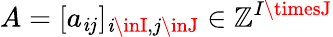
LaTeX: A=[a_{\mathit{i}j}]_{\mathit{i}\inI,j\inJ}\in\mathbb{{Z}}^{I\timesJ}